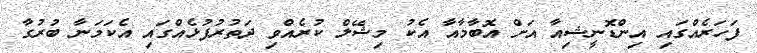
ފަހަރެއްގައި އިންޑޮނީޝިއާ އަށް އޮބާމާއާ އެކު މިޝޭލް ކުރެއްވި ދަތުރުފުޅެއްގައި އެކަމަނާ ބުރުގާ